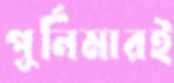
পূর্নিমারই